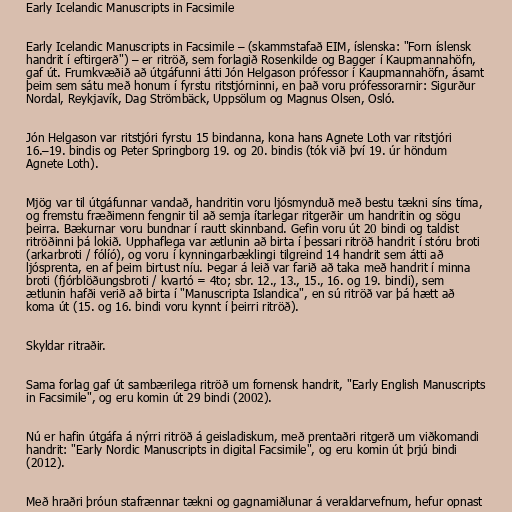
Early Icelandic Manuscripts in Facsimile

Early Icelandic Manuscripts in Facsimile – (skammstafað EIM, íslenska: "Forn íslensk
handrit í eftirgerð") – er ritröð, sem forlagið Rosenkilde og Bagger í Kaupmannahöfn,
gaf út. Frumkvæðið að útgáfunni átti Jón Helgason prófessor í Kaupmannahöfn, ásamt
þeim sem sátu með honum í fyrstu ritstjórninni, en það voru prófessorarnir: Sigurður
Nordal, Reykjavík, Dag Strömbäck, Uppsölum og Magnus Olsen, Osló.

Jón Helgason var ritstjóri fyrstu 15 bindanna, kona hans Agnete Loth var ritstjóri
16.–19. bindis og Peter Springborg 19. og 20. bindis (tók við því 19. úr höndum
Agnete Loth).

Mjög var til útgáfunnar vandað, handritin voru ljósmynduð með bestu tækni síns tíma,
og fremstu fræðimenn fengnir til að semja ítarlegar ritgerðir um handritin og sögu
þeirra. Bækurnar voru bundnar í rautt skinnband. Gefin voru út 20 bindi og taldist
ritröðinni þá lokið. Upphaflega var ætlunin að birta í þessari ritröð handrit í stóru broti
(arkarbroti / fólíó), og voru í kynningarbæklingi tilgreind 14 handrit sem átti að
ljósprenta, en af þeim birtust níu. Þegar á leið var farið að taka með handrit í minna
broti (fjórblöðungsbroti / kvartó = 4to; sbr. 12., 13., 15., 16. og 19. bindi), sem
ætlunin hafði verið að birta í "Manuscripta Islandica", en sú ritröð var þá hætt að
koma út (15. og 16. bindi voru kynnt í þeirri ritröð).

Skyldar ritraðir.

Sama forlag gaf út sambærilega ritröð um fornensk handrit, "Early English Manuscripts
in Facsimile", og eru komin út 29 bindi (2002).

Nú er hafin útgáfa á nýrri ritröð á geisladiskum, með prentaðri ritgerð um viðkomandi
handrit: "Early Nordic Manuscripts in digital Facsimile", og eru komin út þrjú bindi
(2012).

Með hraðri þróun stafrænnar tækni og gagnamiðlunar á veraldarvefnum, hefur opnast